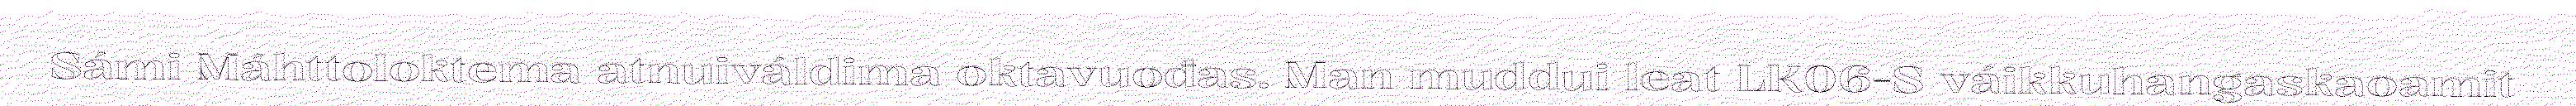
Sámi Máhttoloktema atnuiváldima oktavuođas. Man muddui leat LK06-S váikkuhangaskaoamit